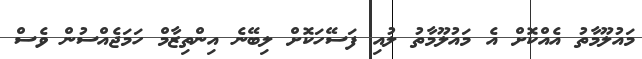
މައުލޫމާތު އެއްކޮށް އެ މައުލޫމާތު ލުއި ފަސޭހަކޮށް ލިބޭނެ އިންތިޒާމް ހަމަޖެއްސުން ވެސް